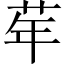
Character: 𦮴